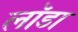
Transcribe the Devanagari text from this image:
लॉडा